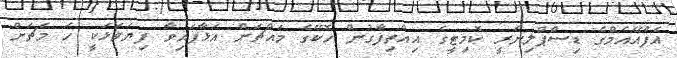
އެފްއޭއެމްގެ ޑިސްޕްލިނަރީ ކޮމިޓީގެ އިއްތިފާގުން ހޮކޭގެ މައްޗަށް އަޅާފައިވާ ފިޔަވަޅަކީ ހަ މެޗަށް